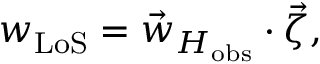
w _ { \mathrm { L o S } } = \vec { w } _ { H _ { \mathrm { o b s } } } \cdot \vec { \zeta } ,